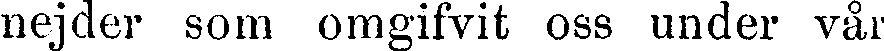
nejder som omgifvit oss under vår